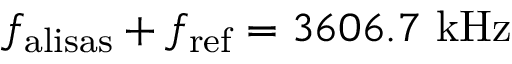
f _ { \mathrm { a l i s a s } } + f _ { \mathrm { r e f } } = 3 6 0 6 . 7 ~ \mathrm { k H z }